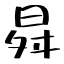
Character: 曻